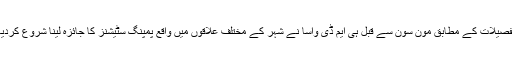
تفصیلات کے مطابق مون سون سے قبل ہی ایم ڈی واسا نے شہر کے مختلف علاقوں میں واقع پمپنگ سٹیشنز کا جائزہ لینا شروع کردیا۔